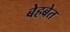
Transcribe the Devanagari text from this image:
बेहबेत